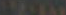
مستكة